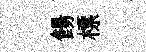
餳標